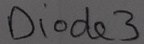
Text: Diode3